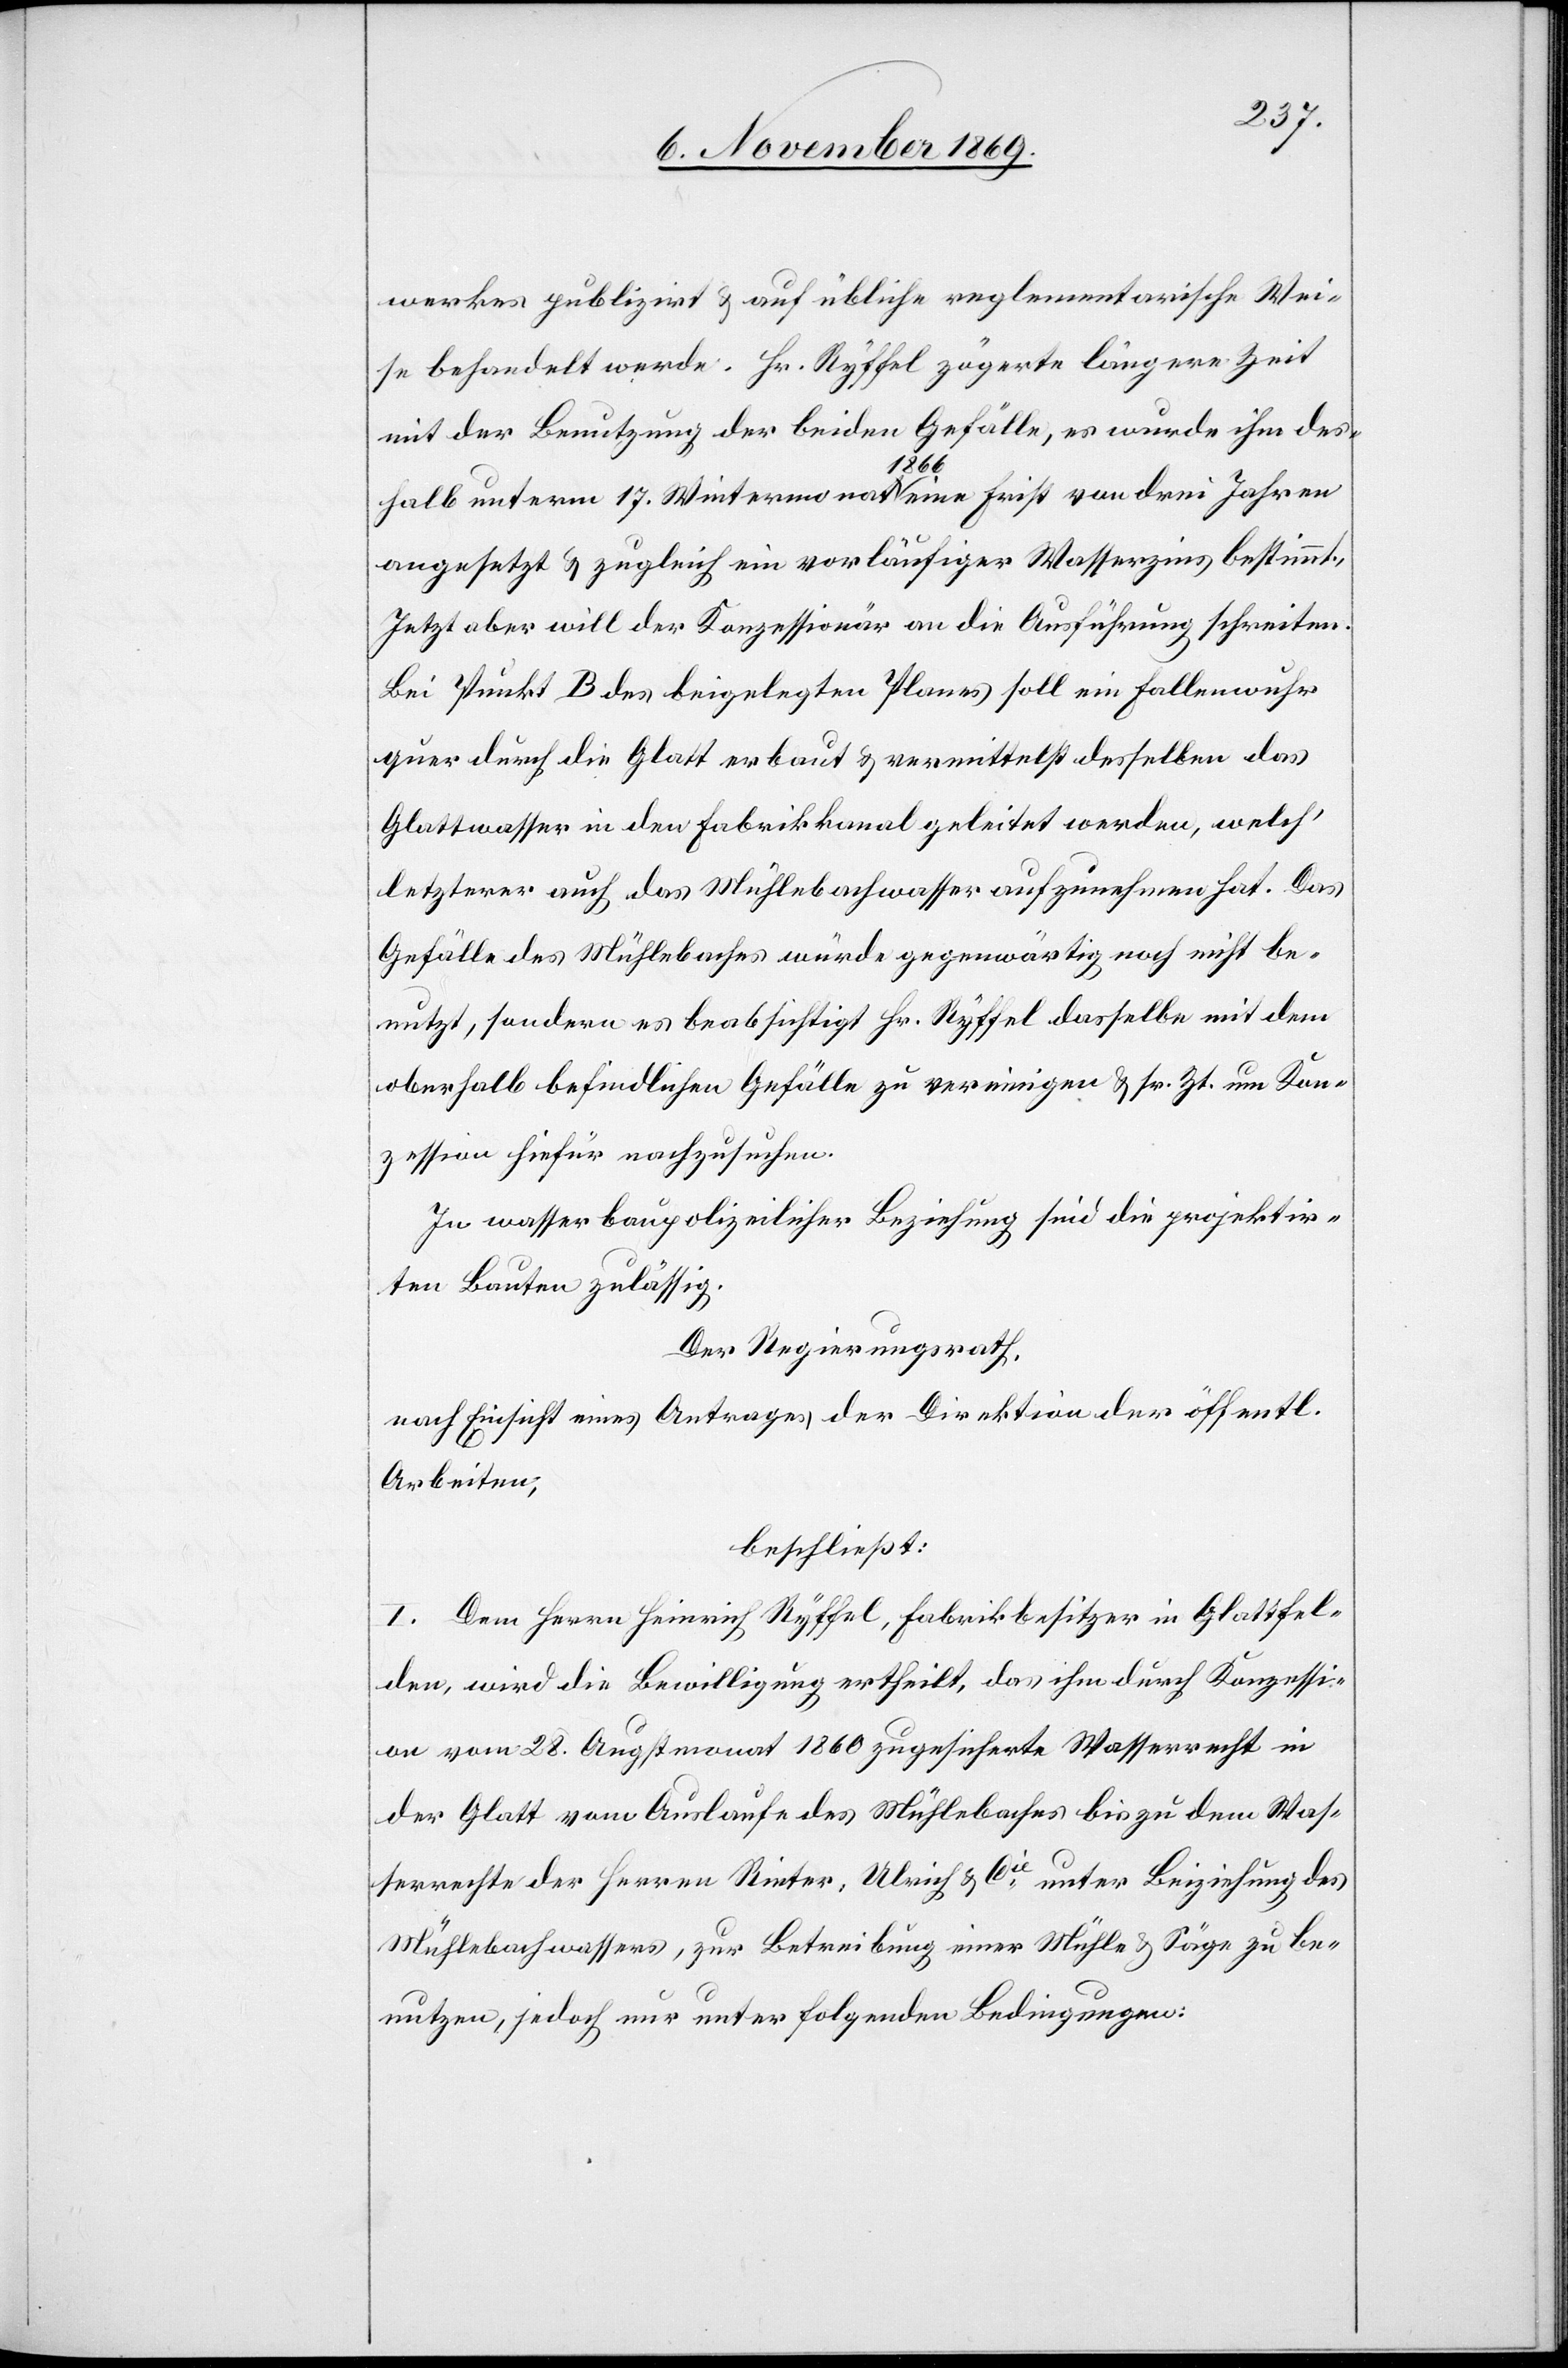
werkes publizirt & auf übliche reglementarische Wei¬
se behandelt werde. Hr. Ryffel zögerte längere Zeit
mit der Benutzung der beiden Gefälle, es wurde ihm des¬
halb unterm 17. Wintermonat 1866 eine Frist von drei Jahren
angesetzt & zugleich ein vorläufiger Wasserzins bestimmt.
Jetzt aber will der Konzessionär an die Ausführung schreiten.
Bei Punkt B des beigelegten Planes soll ein Fallenwuhr
quer durch die Glatt erbaut & vermittelst desselben das
Glattwasser in den Fabrikkanal geleitet werden, welch‘
letzterer auch das Mühlebachwasser aufzunehmen hat. Das
Gefälle des Mühlebaches würde gegenwärtig noch nicht be¬
nutzt, sondern es beabsichtigt Hr. Ryffel dasselbe mit dem
oberhalb befindlichen Gefälle zu vereinigen & sr. Zt. um Kon¬
zession hiefür nachzusuchen.
In wasserbaupolizeilicher Beziehung sind die projektir¬
ten Bauten zulässig.
Der Regierungsrath,
nach Einsicht eines Antrages der Direktion der öffentl.
Arbeiten,
beschließt:
I. Dem Herrn Heinrich Ryffel, Fabrikbesitzer in Glattfel¬
den, wird die Bewilligung ertheilt, das ihm durch Konzessi¬
on vom 28. Augstmonat 1860 zugesicherte Wasserrecht in
der Glatt vom Auslaufe des Mühlebaches bis zu dem Was¬
serrechte der Herren Rieter, Ulrich & Cie unter Beiziehung des
Mühlebachwassers, zur Betreibung einer Mühle & Säge zu be¬
nutzen, jedoch nur unter folgenden Bedingungen: